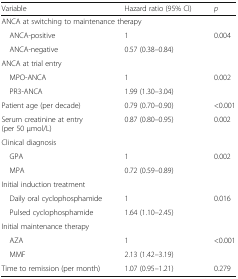
| Variable | Hazard ratio (95% CI) | p |
 | --- | --- | --- |
 | <COLSPAN=3> ANCA at switching to maintenance therapy |
 | ANCA-positive | 1 | <ROWSPAN=2> 0.004 |
 | ANCA-negative | 0.57 (0.38–0.84) |
 | <COLSPAN=3> ANCA at trial entry |
 | MPO-ANCA | 1 | <ROWSPAN=2> 0.002 |
 | PR3-ANCA | 1.99 (1.30–3.04) |
 | Patient age (per decade) | 0.79 (0.70–0.90) | <0.001 |
 | Serum creatinine at entry (per 50 μmol/L) | 0.87 (0.80–0.95) | 0.002 |
 | <COLSPAN=3> Clinical diagnosis |
 | GPA | 1 | <ROWSPAN=2> 0.002 |
 | MPA | 0.72 (0.59–0.89) |
 | <COLSPAN=3> Initial induction treatment |
 | Daily oral cyclophosphamide | 1 | <ROWSPAN=2> 0.016 |
 | Pulsed cyclophosphamide | 1.64 (1.10–2.45) |
 | <COLSPAN=3> Initial maintenance therapy |
 | AZA | 1 | <ROWSPAN=2> <0.001 |
 | MMF | 2.13 (1.42–3.19) |
 | Time to remission (per month) | 1.07 (0.95–1.21) | 0.279 |